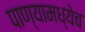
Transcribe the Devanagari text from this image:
पाण्यामध्येच